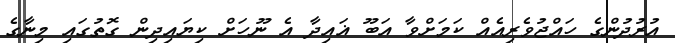
އުރުދުންގެ ހައްޖުވެރިއެއް ކަމަށްވާ އަބޫ ޣައިދާ އެ ނޫހަށް ކިޔައިދިން ގޮތުގައި މިނާގެ